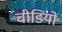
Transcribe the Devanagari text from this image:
चीडियों